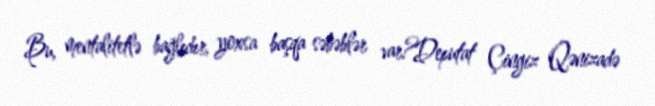
Bu, mentalitetlə bağlıdır, yoxsa başqa səbəblər var?Deputat Çingiz Qənizadə